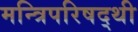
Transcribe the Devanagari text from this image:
मन्त्रिपरिषद्‍थी